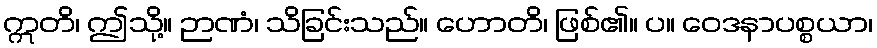
ဣတိ၊ ဤသို့။ ဉာဏံ၊ သိခြင်းသည်။ ဟောတိ၊ ဖြစ်၏။ ပ။ ဝေဒနာပစ္စယာ၊